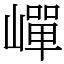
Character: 㠆